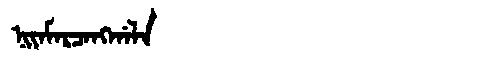
Manchu: ᠨᡳᠶᠠᠮᠠᡵᠴᠠᠩᡤᠠᠯᠠ
Romanization: NIYAMARCANGGALA